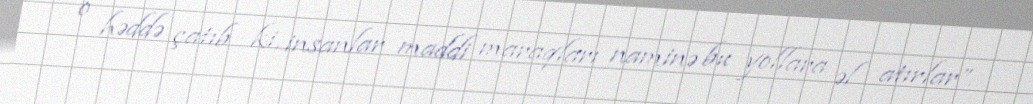
o həddə çatıb ki, insanlar maddi maraqları naminə bu yollara əl atırlar”.